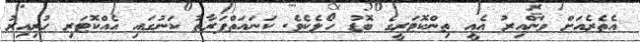
އެތެރެއަށް ވަންއިރު އެއީ ތިންކޮޓަރީގެ ބޮޑު ހޯލެކެވެ. ކަނައަތްފަރާތު ކަނުގައި އެއްކޮޓަރި ހުރިއިރު